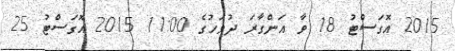
2015 އޮގަސްޓު 18 ވާ އަންގާރަ ދުވަހުގެ 11:00 2015 އޮގަސްޓު 25